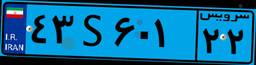
۴۳S۶۰۱۲۲